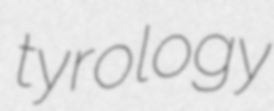
tyrology